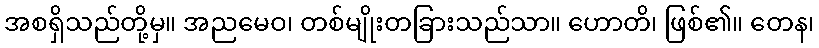
အစရှိသည်တို့မှ။ အညမေဝ၊ တစ်မျိုးတခြားသည်သာ။ ဟောတိ၊ ဖြစ်၏။ တေန၊